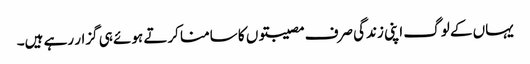
یہاں کے لوگ اپنی زندگی صرف مصیبتوں کا سامنا کرتے ہوئے ہی گزار رہے ہیں۔